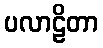
ပလာဠိတာ